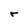
Character: r